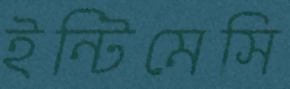
ইন্টিমেসি